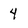
Character: 4